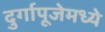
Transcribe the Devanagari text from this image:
दुर्गापूजेमध्ये